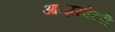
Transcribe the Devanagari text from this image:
आब्ज़रवेटरी